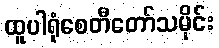
ထူပါရုံစေတီတော်သမိုင်း